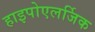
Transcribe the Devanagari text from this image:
हाइपोएलर्जिक